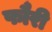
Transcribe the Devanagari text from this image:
फौरी